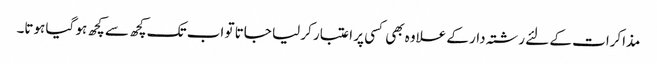
مذاکرات کے لئے رشتہ دار کے علاوہ بھی کسی پر اعتبار کر لیا جاتا تو اب تک کچھ سے کچھ ہو گیا ہوتا۔